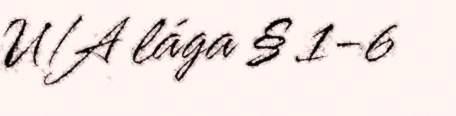
U/A lága § 1-6